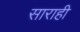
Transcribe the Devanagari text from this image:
साराही